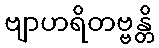
ဗျာဟရိတဗ္ဗန္တိ